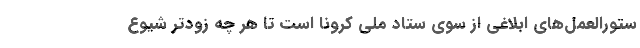
ستورالعمل‌های ابلاغی از سوی ستاد ملی کرونا است تا هر چه زودتر شیوع